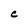
Character: C